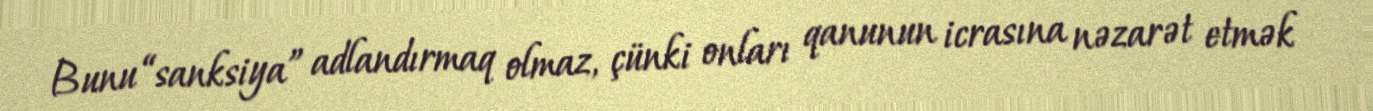
Bunu “sanksiya” adlandırmaq olmaz, çünki onları qanunun icrasına nəzarət etmək